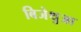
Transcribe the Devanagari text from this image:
बिजेथुआ